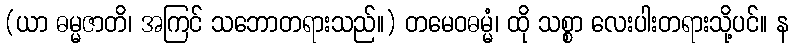
(ယာ ဓမ္မဇာတိ၊ အကြင် သဘောတရားသည်။) တမေဝဓမ္မံ၊ ထို သစ္စာ လေးပါးတရားသို့ပင်။ န